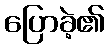
ပြောခဲ့၏